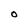
Character: O